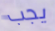
يجب